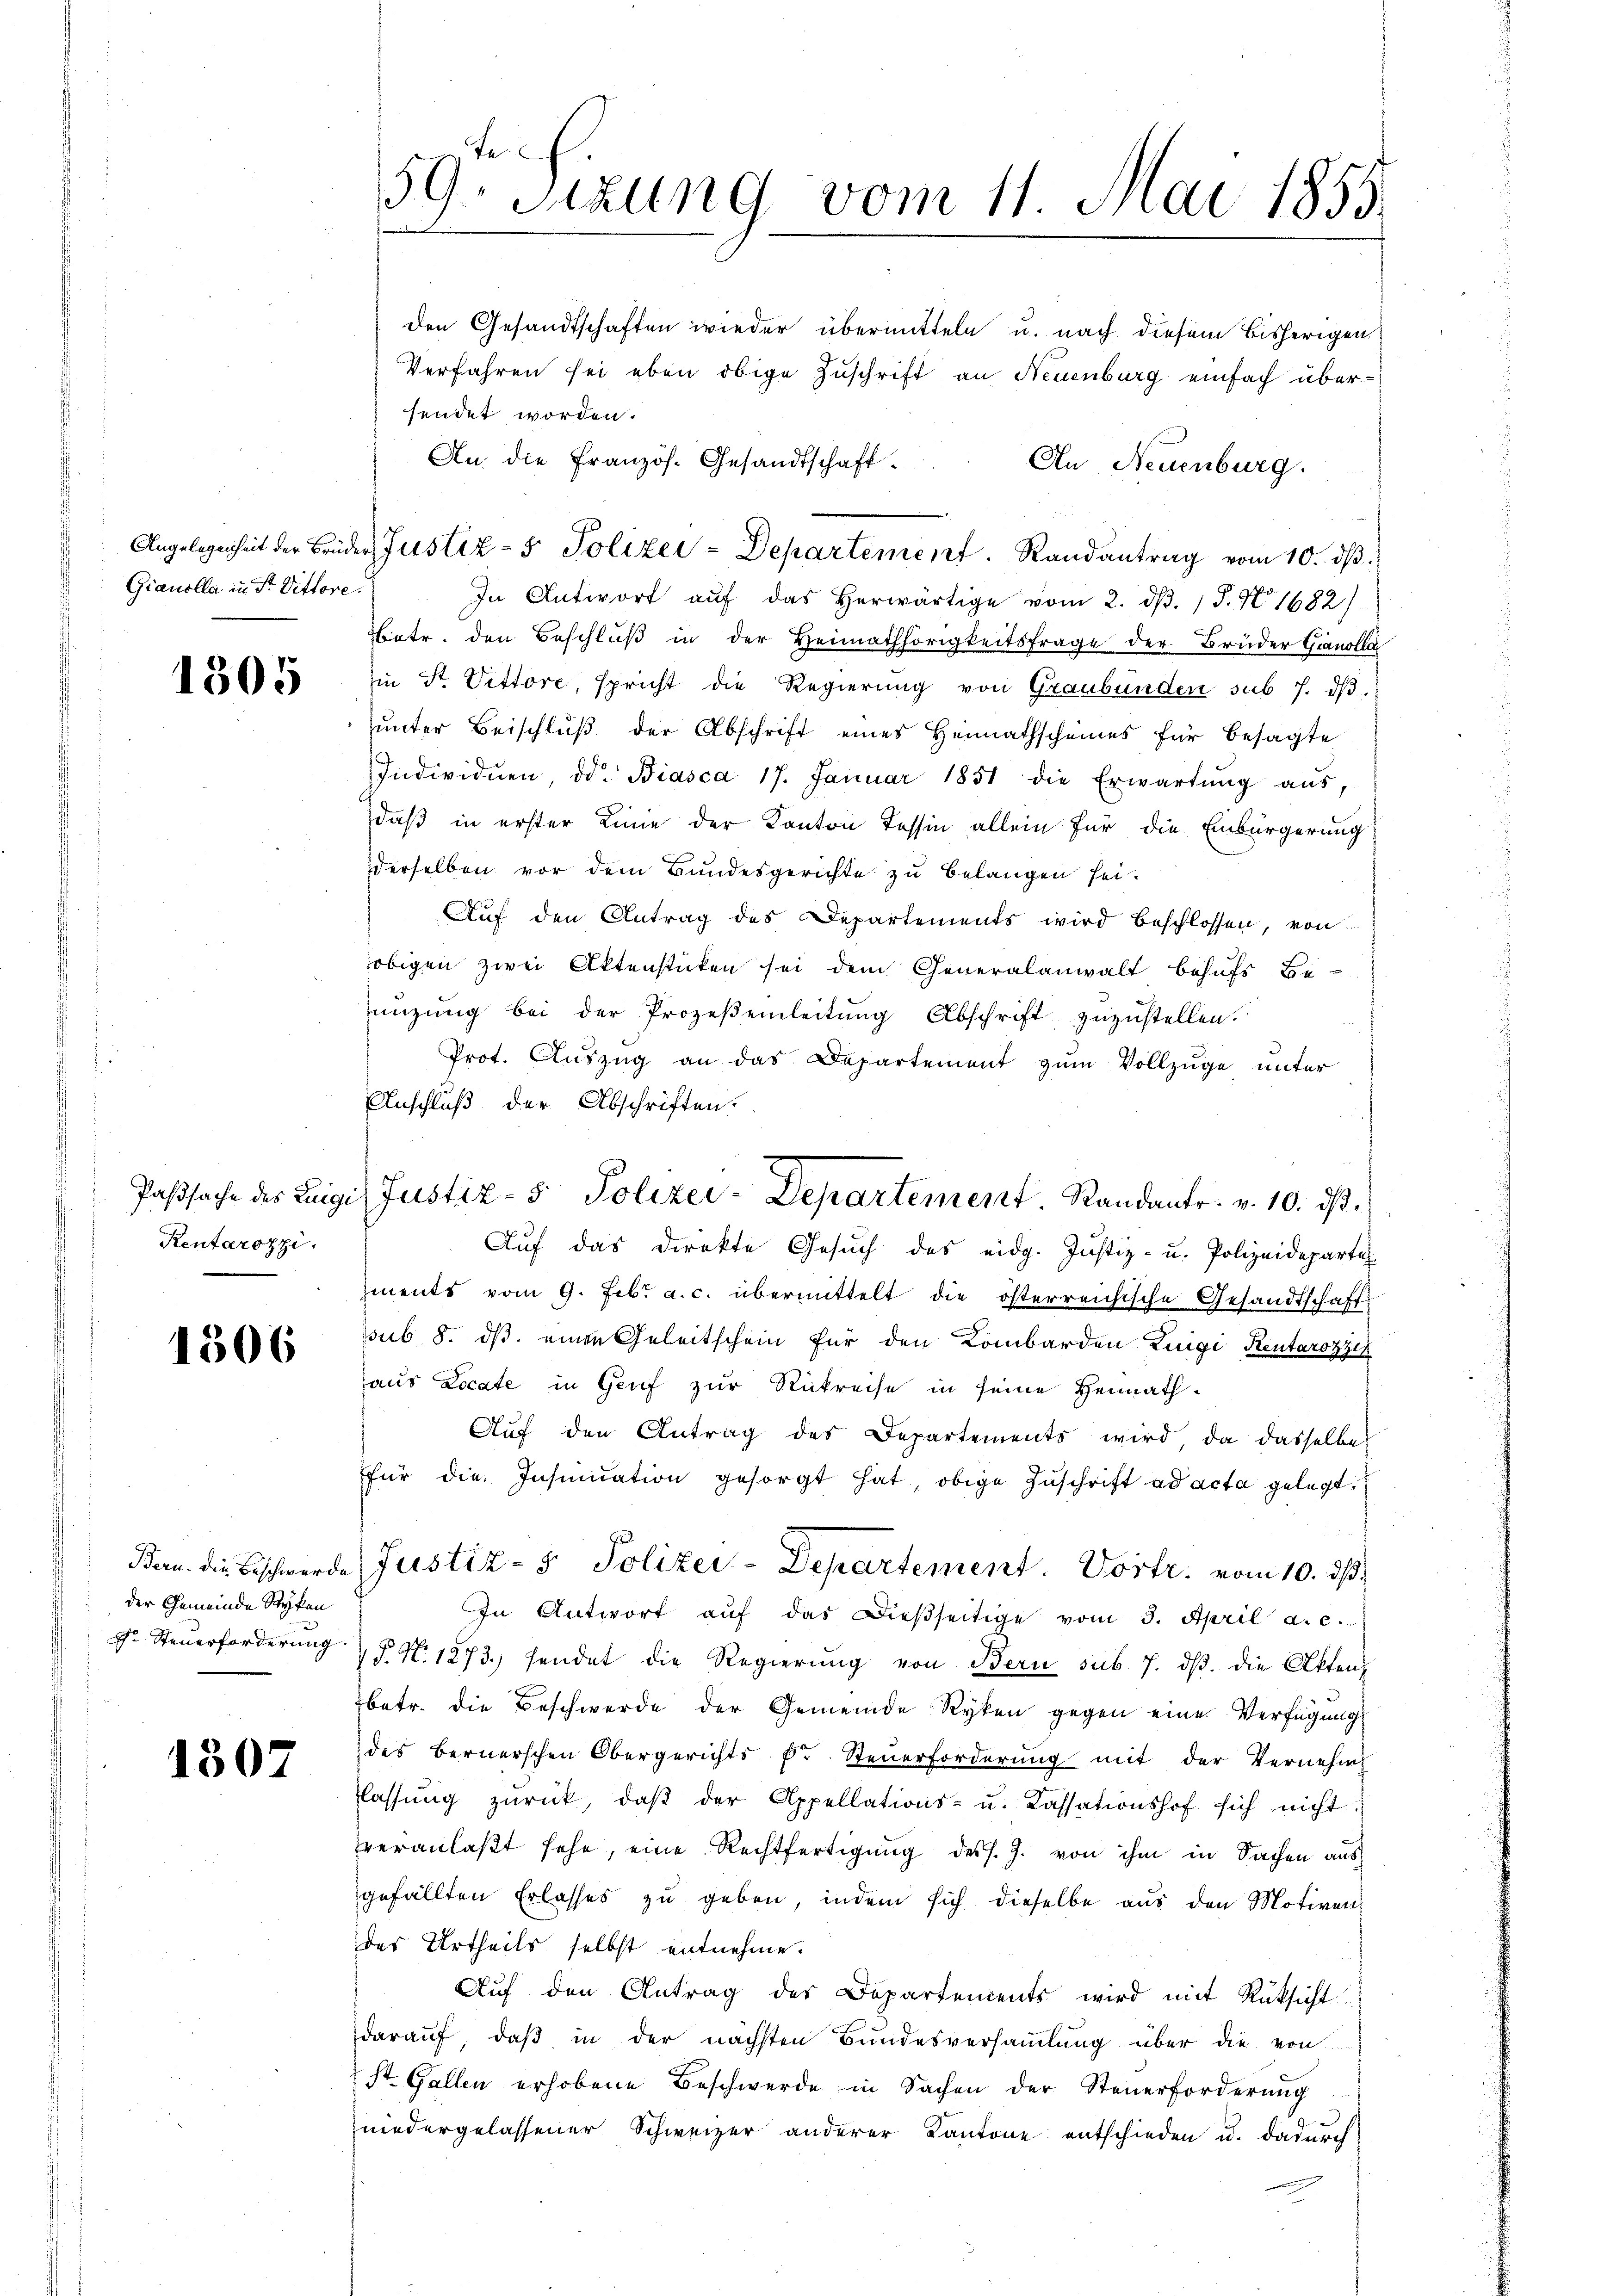
Gianolla in Fr. Vittore

1805

Paßsache des Luigi
Rentarozzi.

1506

Bern. Die Beschwerde
der Gemeinde Styken

1307

59 Sizung vom 11. Mai 1855.

den Gesandtschaften wieder übermitteln u. nach diesem bisherigen
Verfahren sei eben obige Zuschrift an Neuenburg einfach übersendet worden.
An die Französ. Gesandtschaft.
An Neuenburg.
Angelegenheit der Brüder Justiz- & Polizei-Departement. Randantrag vom 10. dβ.
In Antwort aŭf das herwärtige vom 2. d. 15. No 1682)
Betr. den Beschlŭβ in der Heimathörigkeitsfrage der Brüder Gianolla
ii St. Vittore, spricht die Regierŭng von Graubünden sub 7. dβ.
unter Beischluß der Abschrift eines Heimathscheines für besagte
Individuen, od. Biasca 17. Januar 1851 die Erwartŭng aŭs,
daß in erster Linie der Kanton Tessin allein für die Einbürgerung
derselben vor dem Bundesgerichte zu belangen sei.
Aŭf den Antrag des Departements wird beschlossen, von
obigen zwei Aktenstücken sei dem Generalanwalt behufs Be-
eizŭng bei der Prozeβenleitŭng Abschrift zuzustellen.
Prot. Auszug an das Departement zum Vollzüge unter
Anschluß der Abschriften.
Aŭf das direkte Gesŭch des eidg. Justiz- u. Polizeideparte
ments vom 9. Feb. a. c. übermittelt die österreichische Gesandtschaff
sub. 8. ds. einen Geleitschein für den Kombarden Luigi Reutarozzi
aus Locate in Genf zur Rückreise in seine Heimath¬
Auf den Antrag des Departements wird, da dasselbe
für die Insinuation gesorgt hat, obige Zuschrift ad acta gelegt.
Justiz- & Polizei-Departement. Vortr. vom 10. ds.
In Antwort aŭf das dießseitige vom 3. April a. c.
gr. Steŭerforderung 5 No 1273. sendet die Regierŭng von Bern sub 7. dβ. die Akten,
betr. die Beschwerde der Gemeinde Ryken gegen eine Verfügung
des Bernerschen Obergerichts Dr. Steuerforderung mit der Vernehm
flassŭng zŭrück, daβ der Appellations- u. Cassationshof sich nicht
veranlaβt sehe, eine Rechtfertigung dess. J. von ihm in Sachen aus
gefällten Erlasses zŭ geben, indem sich dieselbe aus den Motiven
des Urtheils selbst entnehme.
Aŭf den Antrag der Departements wird mit Rüksicht
darauf, daß in der nächsten Bundesversaṁlŭng über die von
St. Gallen erhobene Beschwerde in Sachen der Steuerforderŭng
niedergelassener Schweizer anderer Kantone entschieden u. dadurch

Justiz- & Polizei-Departement. Randants. v. 10. ds.